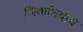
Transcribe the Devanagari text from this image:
जिवाशिवाचे